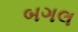
બગલ